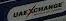
uae